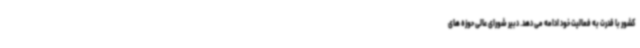
کشور با قدرت به فعالیت خود ادامه می دهد. دبیر شورای عالی حوزه های